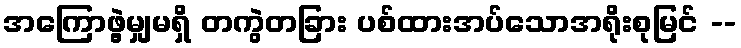
အကြောဖွဲ့မျှမရှိ တကွဲတခြား ပစ်ထားအပ်သောအရိုးစုမြင် --